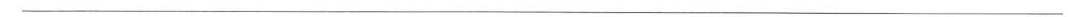
___